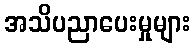
အသိပညာပေးမှုများ